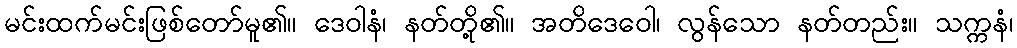
မင်းထက်မင်းဖြစ်တော်မူ၏။ ဒေဝါနံ၊ နတ်တို့၏။ အတိဒေဝေါ၊ လွန်သော နတ်တည်း။ သက္ကနံ၊